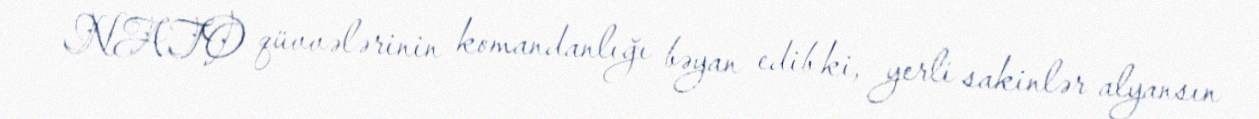
NATO qüvvələrinin komandanlığı bəyan edib ki, yerli sakinlər alyansın